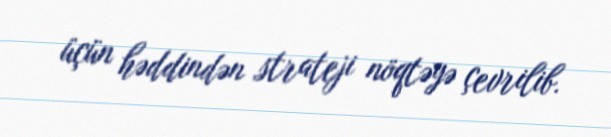
üçün həddindən strateji nöqtəyə çevrilib.